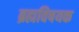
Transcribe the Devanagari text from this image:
ब्रह्मविषयक